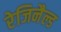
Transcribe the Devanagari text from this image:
रेजिनैल्ड